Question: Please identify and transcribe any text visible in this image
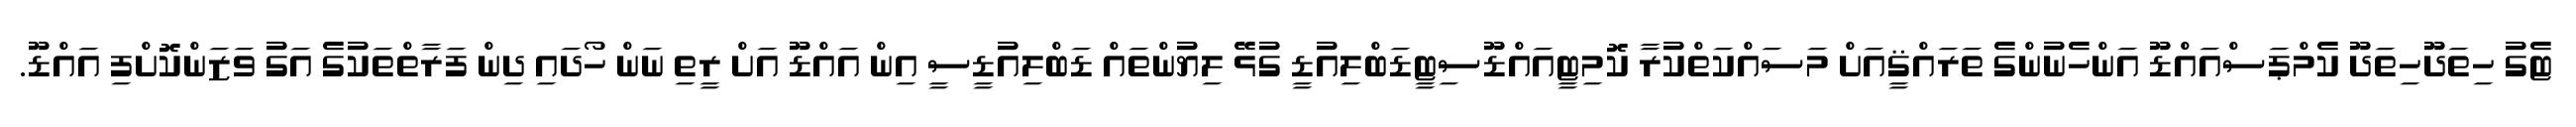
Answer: ޓެގު ހިތަދޫހިތަދޫ ކެމްޕަސްއައްޑޫ އަންހެނުންގެ ތަރައްޤީއަށް މަސައްކަތްކުރާ ކޮމިޓީއައްޑޫސިޓީޑަބްލިއުޑީ ގުޅޭ ލިޔުންތައް ޑަބްލިއުޑީސީ އިން އައްޑޫ އަށް ރީތި ނަން ހޯދައި ދިން ފަރާތްތަކުގެ އަގު ވަޒަންކޮށްފި އައްޑޫ.